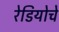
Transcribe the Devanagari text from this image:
रेडियोचे